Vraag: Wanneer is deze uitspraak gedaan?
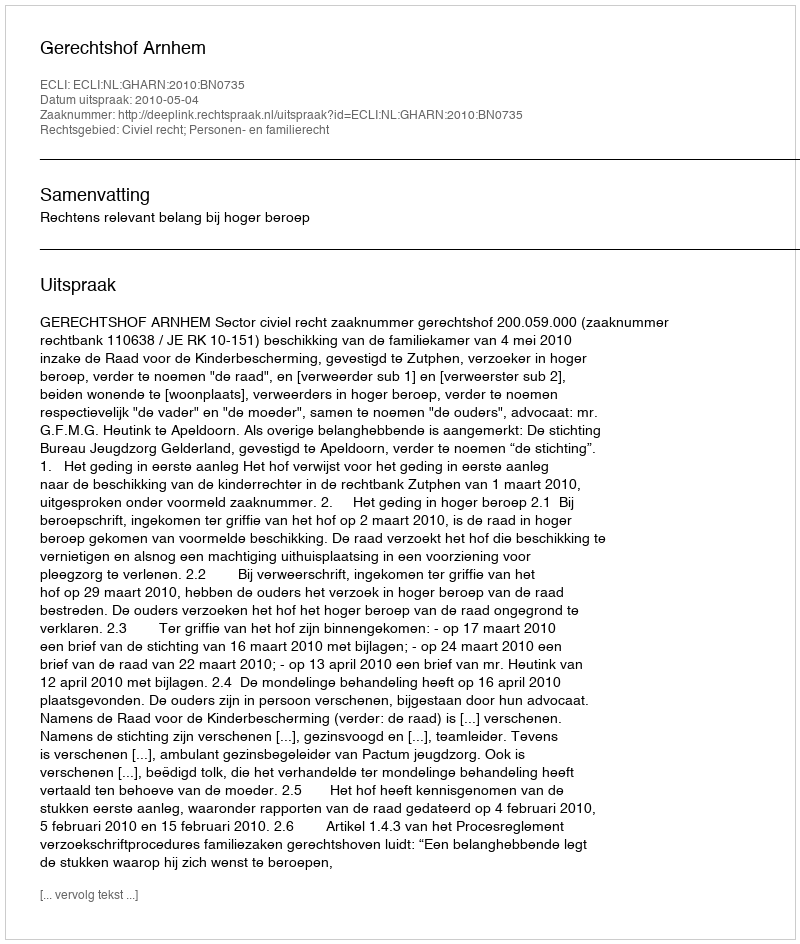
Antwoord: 2010-05-04